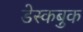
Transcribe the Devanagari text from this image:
डेस्कबुक